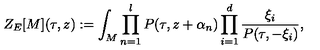
Z _ { E } [ M ] ( \tau , z ) : = \int _ { M } \prod _ { n = 1 } ^ { l } P ( \tau , z + \alpha _ { n } ) \prod _ { i = 1 } ^ { d } \frac { \xi _ { i } } { P ( \tau , - \xi _ { i } ) } ,